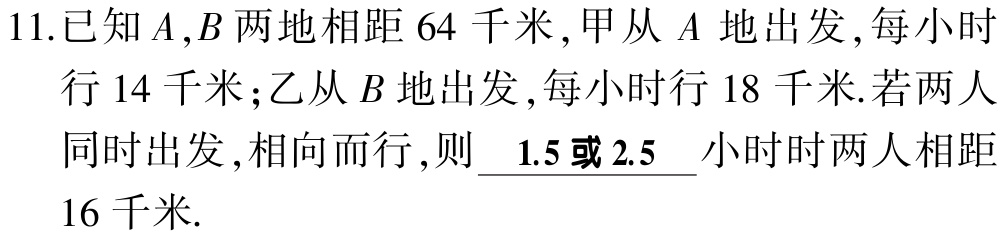
11.已知\(A,B\)两地相距\(64\)千米，甲从\(A\)地出发，每小时行\(14\)千米；乙从\(B\)地出发，每小时行\(18\)千米.若两人同时出发，相向而行，则 \underline{ 1.5或2.5 }小时时两人相距\(16\)千米.